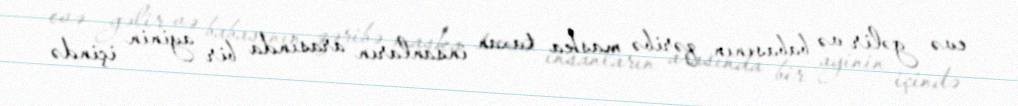
evə gəlir və babasının qəribə maska taxan insanların arasında bir ayinin içində